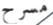
مسرح